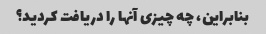
بنابراین، چه چیزی آنها را دریافت کردید؟